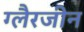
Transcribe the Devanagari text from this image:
ग्लैरजीन